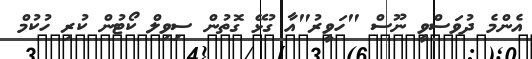
އެންމެ ދުވަސްވީ ނޫސް "ހަވީރު"އާ ގުޅޭ ގޮތުން ސިވިލް ކޯޓުން ކުރި ހުކުމް